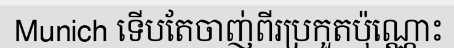
Munich ទើបតែចាញ់ពីរប្រកួតប៉ុណ្ណោះ